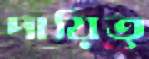
দায়িত্